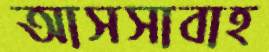
আসসাবাহ